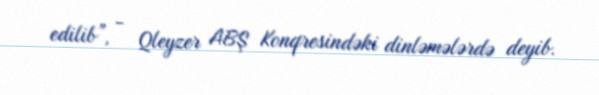
edilib”, - Qleyzer ABŞ Konqresindəki dinləmələrdə deyib.